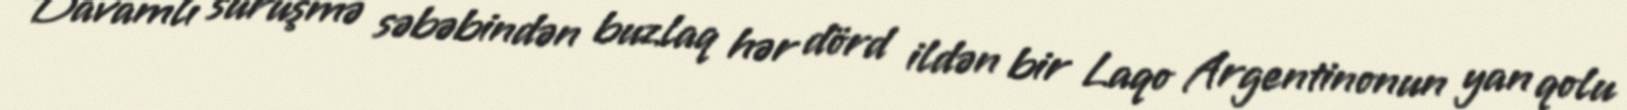
Davamlı sürüşmə səbəbindən buzlaq hər dörd ildən bir Laqo Argentinonun yan qolu